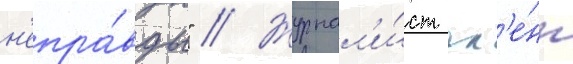
н'епра́вды" // Журнал'и́ст гл'е́нн